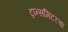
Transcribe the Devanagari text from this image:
ट्रान्समिटरचा